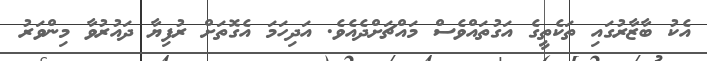
އެކު ބާޒާރުގައި ތަކެތީގެ އަގުތައްވެސް މައްޗަށްދެއެވެ. އަދިހަމަ އެގޮތަށް ރުފިޔާ ދައުރުވާ މިންވަރު